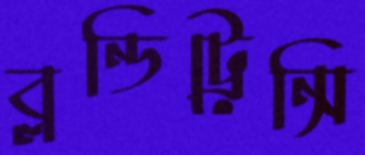
ব্লন্ডিট্রেন্সি